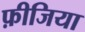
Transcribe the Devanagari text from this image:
फ़ीजिया